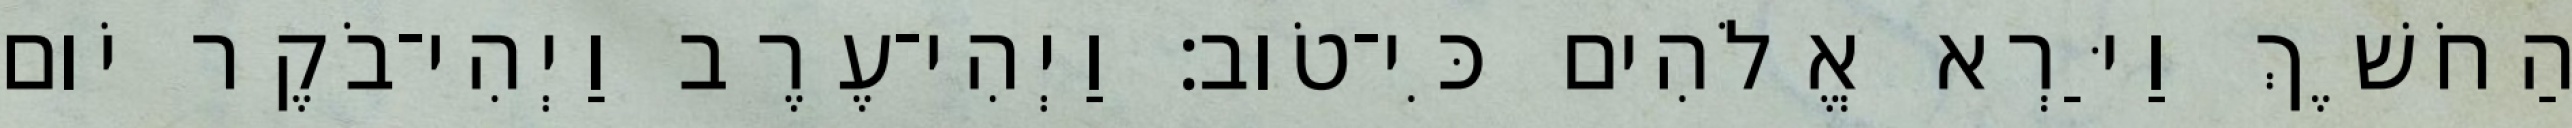
הַחֹשֶׁךְ וַיַּרְא אֱלֹהִים כִּי־טֹוב׃ וַיְהִי־עֶרֶב וַיְהִי־בֹקֶר יֹום